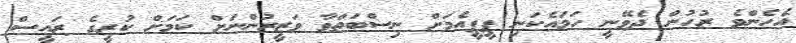
އެހެންވެ ރުހުން ދެވޭނީ ހަމައެކަނި ޕީޕީއެމަށް ނިސްބަތްވާ ވަޒީރުންނަށް ކަމަށް ކުރީގެ ރައީސް